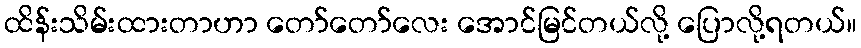
ထိန်းသိမ်းထားတာဟာ တော်တော်လေး အောင်မြင်တယ်လို့ ပြောလို့ရတယ်။